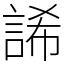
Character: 䛥